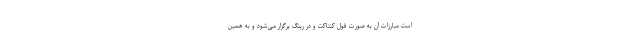
است مبارزات آن به صورت فول کنتاکت و در رینگ برگزار می‌شود و به همین